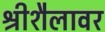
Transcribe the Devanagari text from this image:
श्रीशैलावर